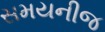
સમયનીજ